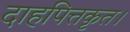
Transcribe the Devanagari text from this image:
दाहपित्तकृत।